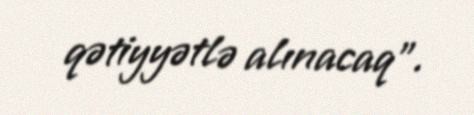
qətiyyətlə alınacaq”.